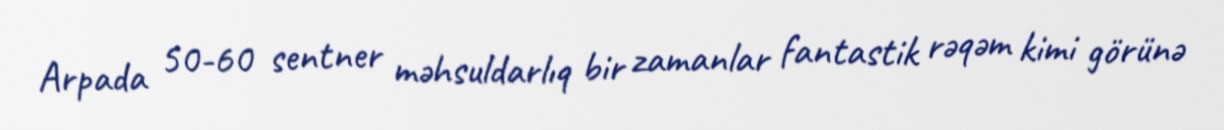
Arpada 50-60 sentner məhsuldarlıq bir zamanlar fantastik rəqəm kimi görünə